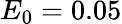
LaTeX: E_{0}=0.05